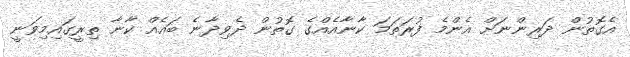
އެގޮތުން ދަރިންނަށް އެންމެ ފުރަތަމަ ކާނާއެއްގެ ގޮތުން ދެވިދާނެ ބައެއް ކާނާ ތިރީގައިމިވަނީ